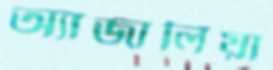
অ্যাজালিয়া